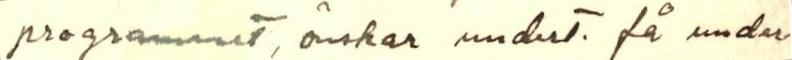
programmet, önskar undert. få under-